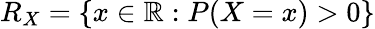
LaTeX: R_{X}=\{ x\in\mathbb{R}:P(X=x)>0\}